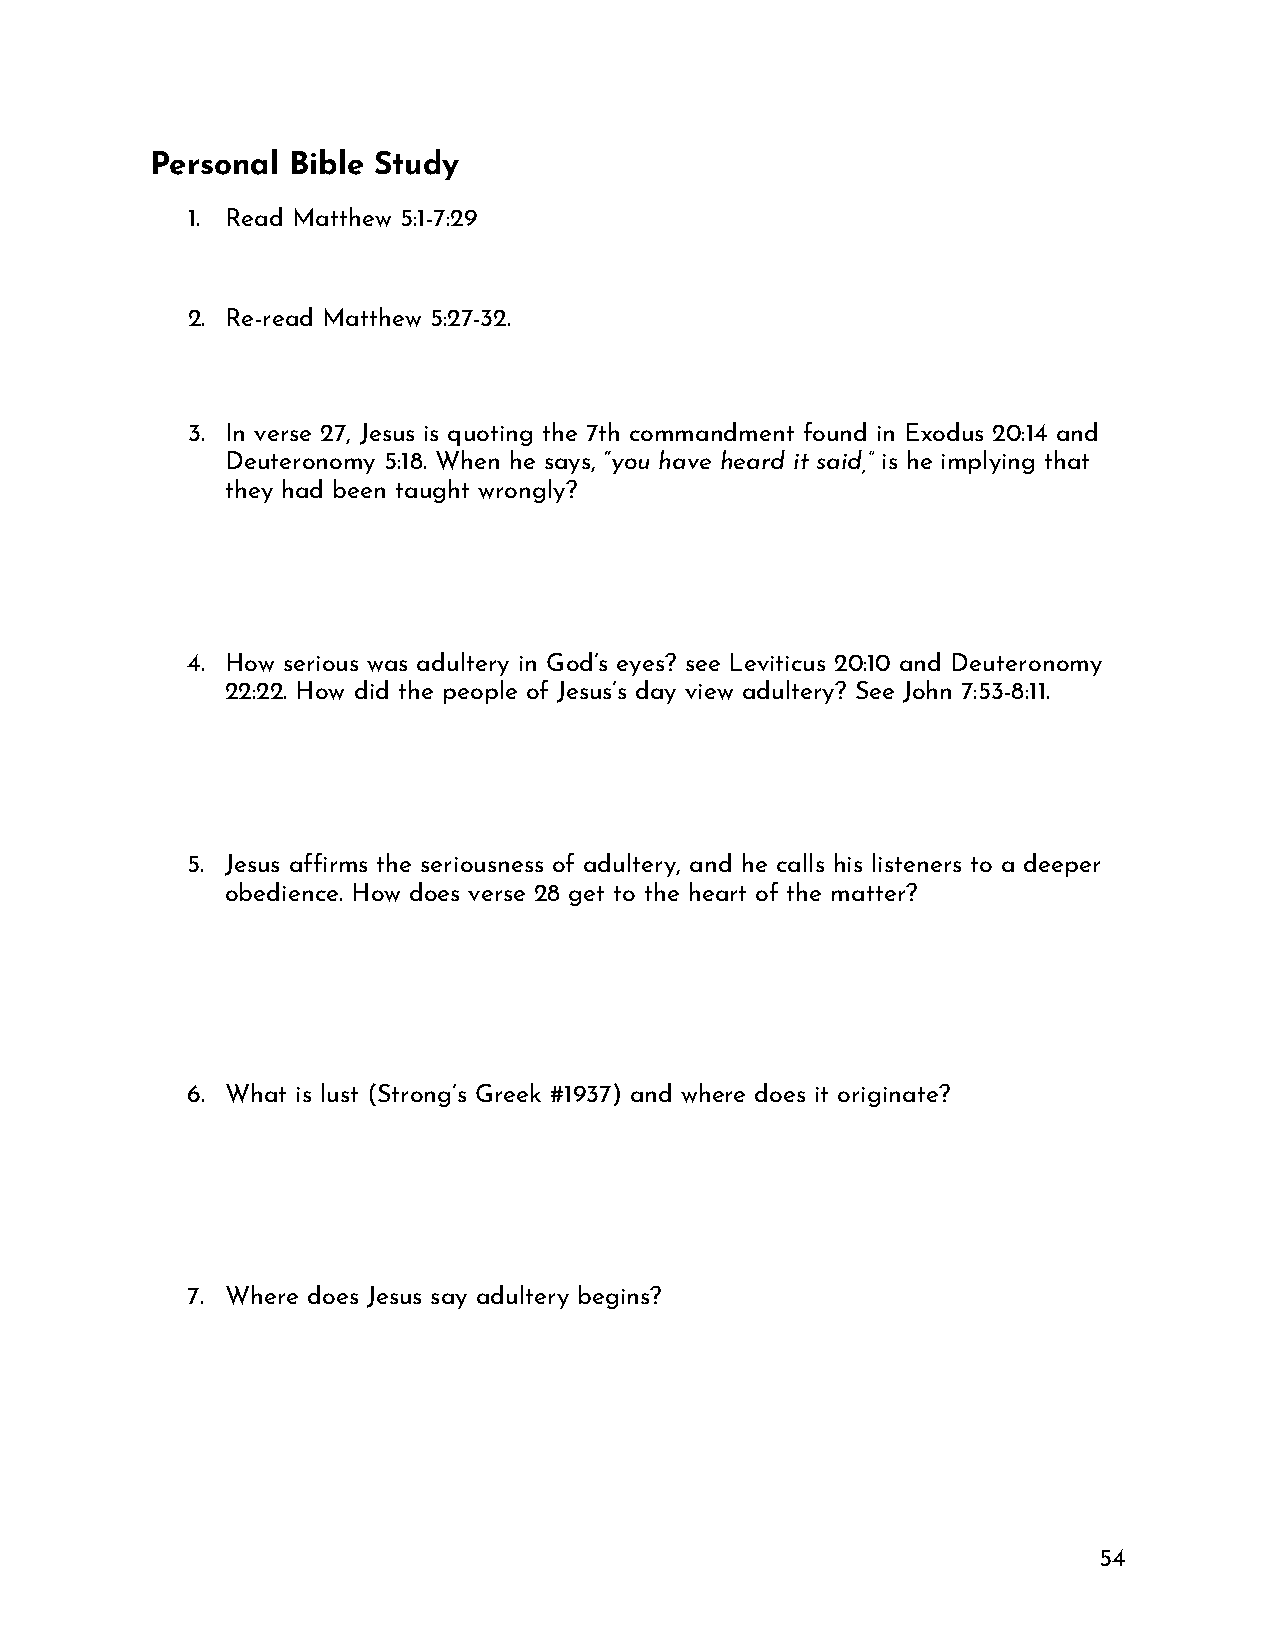
Personal Bible Study
 1. Read Matthew 5:1-7:29
 2. Re-read Matthew 5:27-32.
 3. In verse 27, Jesus is quoting the 7th commandment found in Exodus 20:14 and
 Deuteronomy 5:18. When he says, “you have heard it said,” is he implying that
 they had been taught wrongly?
 4. How serious was adultery in God’s eyes? see Leviticus 20:10 and Deuteronomy
 22:22. How did the people of Jesus’s day view adultery? See John 7:53-8:11.
 5. Jesus affirms the seriousness of adultery, and he calls his listeners to a deeper
 obedience. How does verse 28 get to the heart of the matter?
 6. What is lust (Strong’s Greek #1937) and where does it originate?
 7. Where does Jesus say adultery begins?
 54